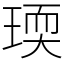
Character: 瑌